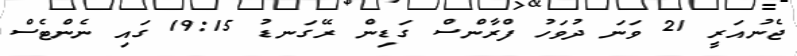
ޖެނުއަރީ 21 ވަނަ ދުވަހު ފްރާންސް ގަޑިން ރޭގަނޑު 19:15 ގައި ނެންޓެސް